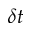
\delta t